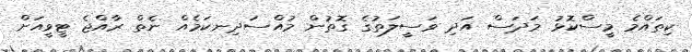
ކިތައްމެ މީސްކޮޅު މަދަސް އަދި ވަސީލަތުގެ ގޮތުން މުއްސަދިނކަމެއް ނެތް ރާއްޖެ ޓީވީއަށް